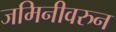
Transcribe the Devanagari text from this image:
जमिनीवरुन